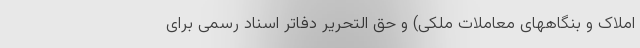
املاک و بنگاههای معاملات ملکی) و حق التحریر دفاتر اسناد رسمی برای